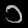
Digit: ၁